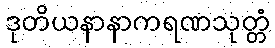
ဒုတိယနာနာကရဏသုတ္တံ